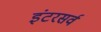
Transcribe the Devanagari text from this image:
इंटरसर्व